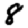
Digit: 8